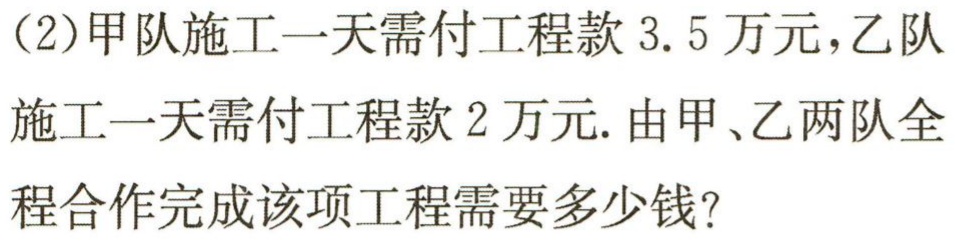
(2)甲队施工一天需付工程款$3.5$万元，乙队施工一天需付工程款$2$万元. 由甲、乙两队全程合作完成该项工程需要多少钱？